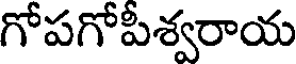
గోపగోపీశ్వరాయ